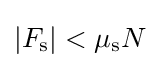
|F_{\rm {s}}|<\mu _{\rm {s}}N